画像に写った文字を読んでください
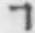
「ヿ」と書いてあります